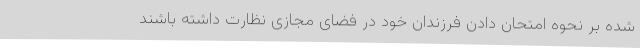
شده بر نحوه امتحان دادن فرزندان خود در فضای مجازی نظارت داشته باشند